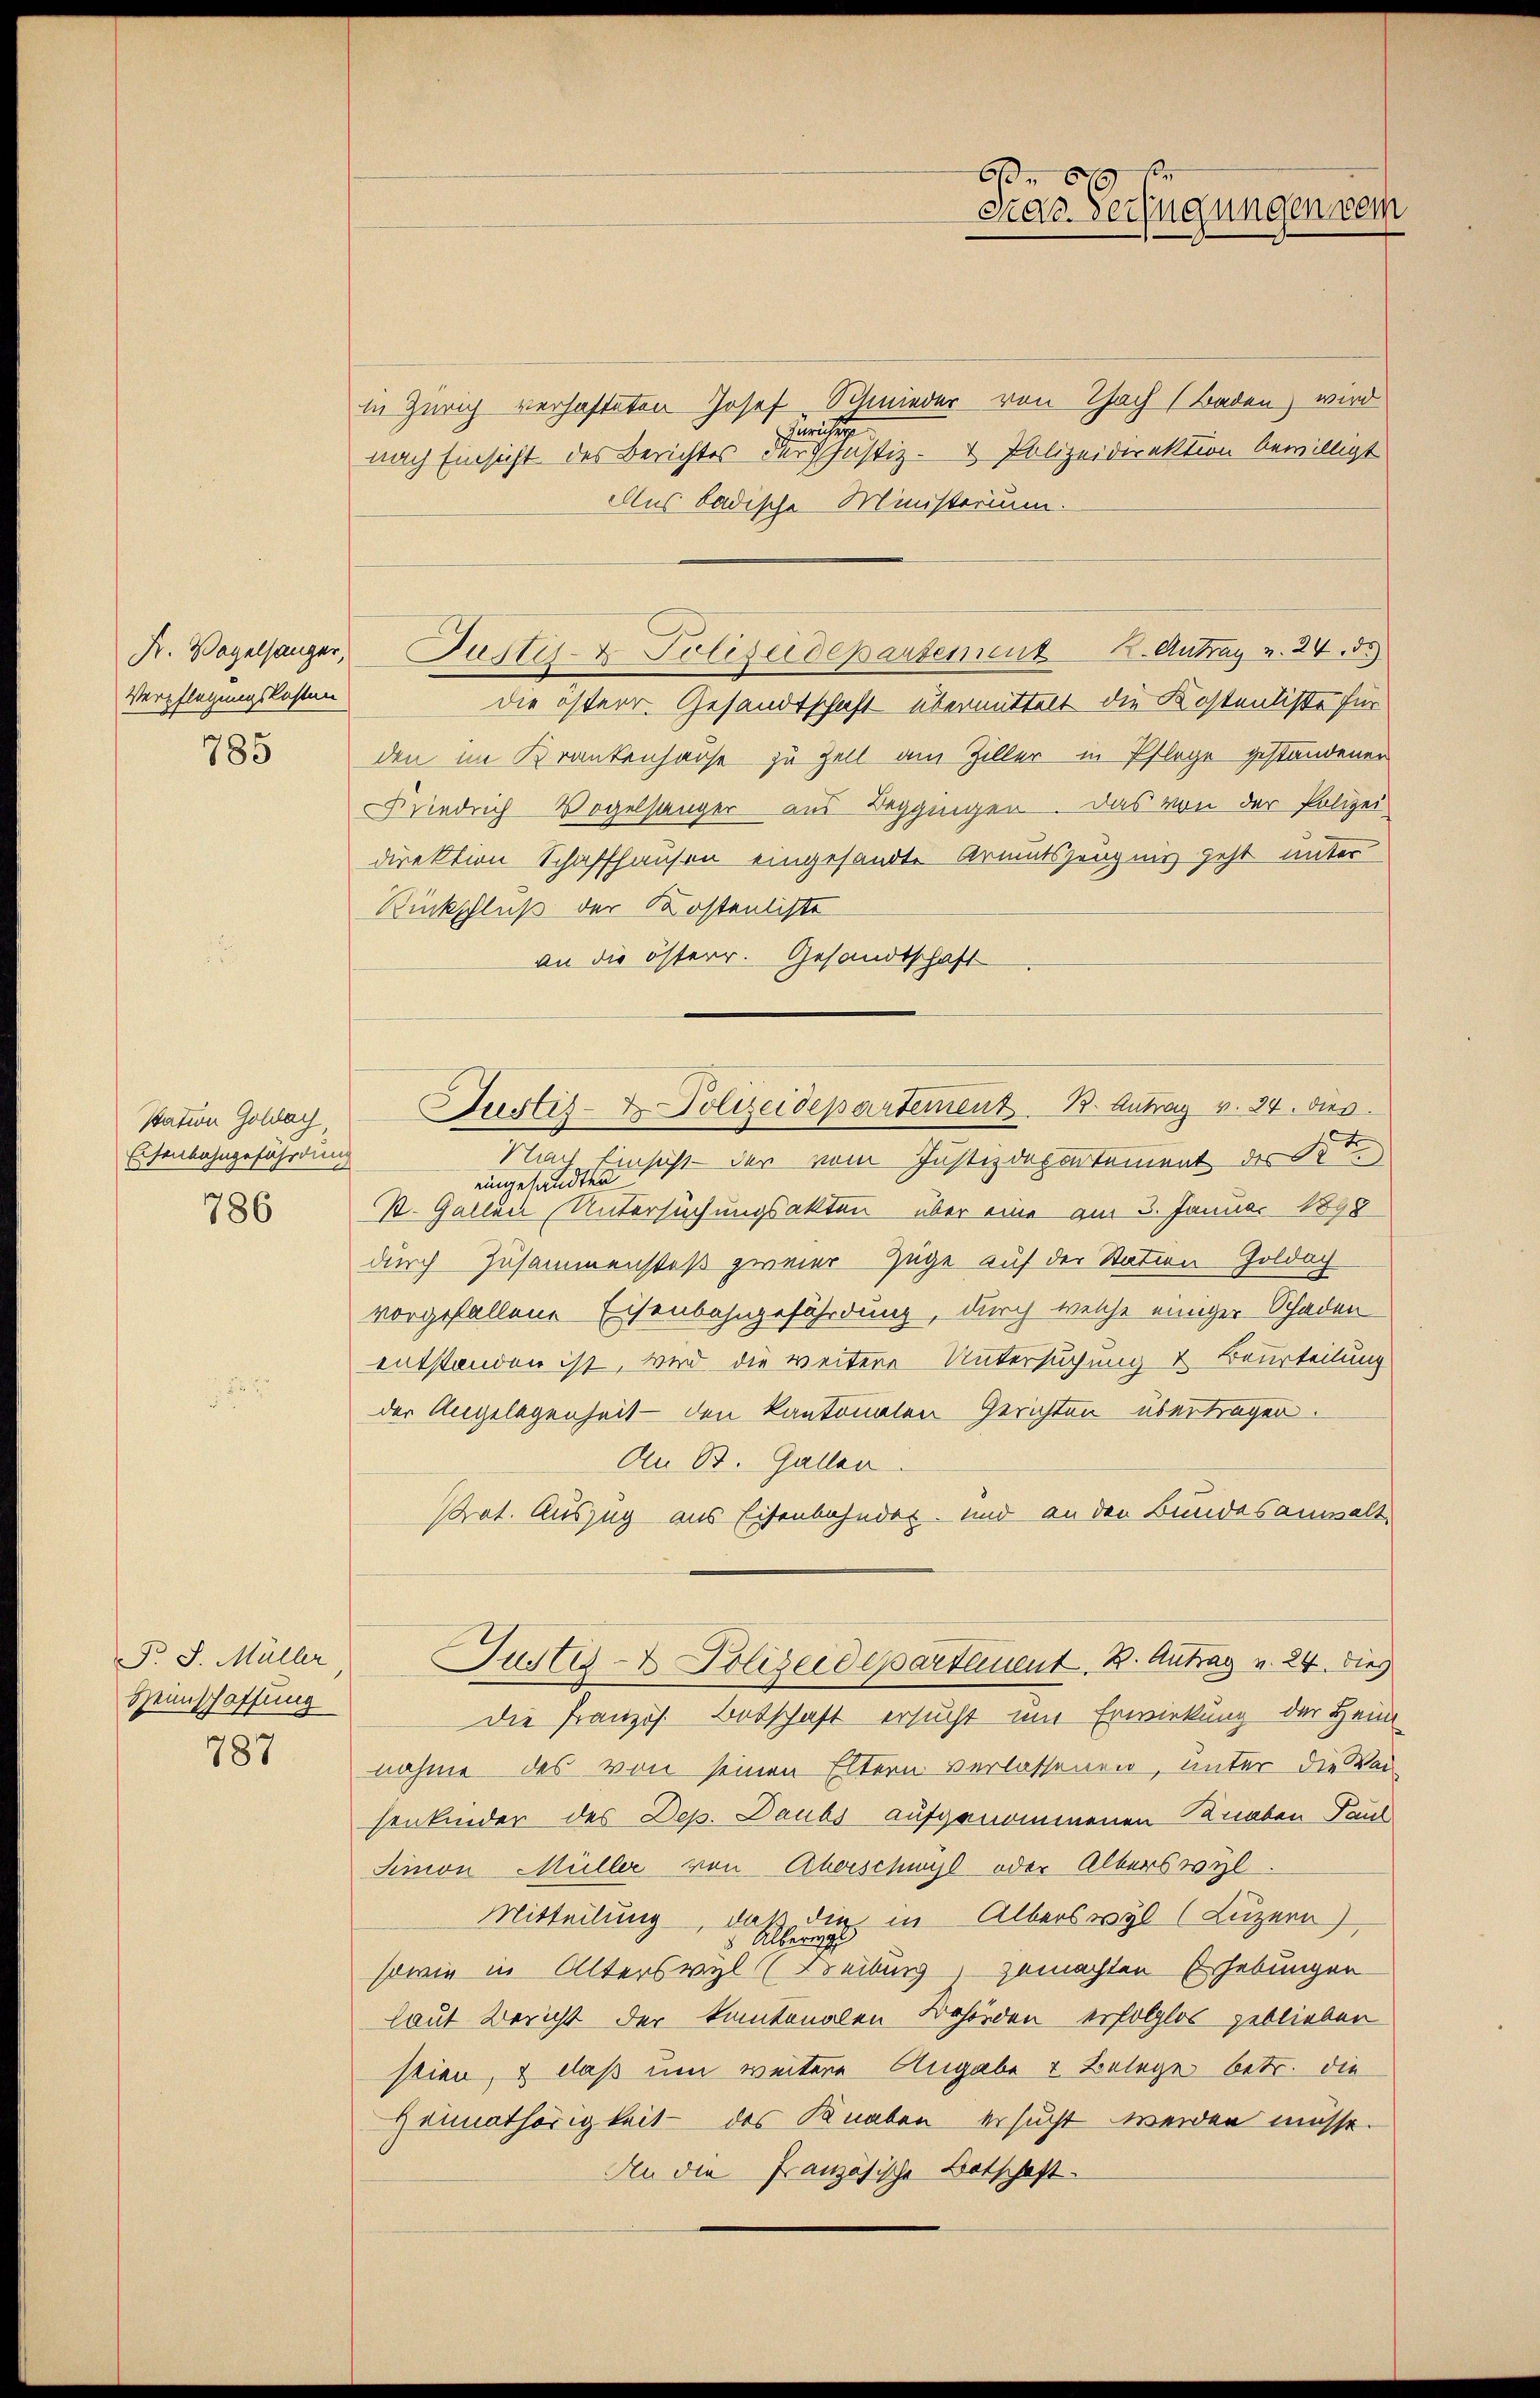
Fr. Vogelsanger,
Verpflegungskosten

785

Station Goldach
Eisenbahngefährdung

786

F. J. Müller
Heimschaffung

787

in Zürich verhafteten Josef Schmieder von Thach (Baden, wird
Juristig
nach Einsicht des Berichtes der Justiz- & Polizeidirektion bewilligt
Aus badische Ministerium.
Justiz- & Polizeidepartement 2. Antrag v. 24. d.
die österr. Gesandtschaft übermittelt die Kostentiste für
den im Krankenhause zu Zell am Ziller in Pflege gestandener
Friedrich Vogelstanger aus Beggingen. Das von der Polizei
direktion Schaffhausen eingesandte Armutszeugnis geht unter
Rückschluß der Kostenliste
an die österr. Gesandtschaft
Nach Einsicht - der vom Justizdepartement des Ste
eingesandten
St. Gallen Untersuchungsakten über eine am 3. Januar 1898
durch Zusammenstes zweier Züge auf der Station Goldach
vorgefallene Eisenbahngefährdung, durch welche einiger Schaden
entstanden ist, wird die weitere Untersuchung & Beurteilung
der Angelegenheit den kantonalen Gerichten übertragen.
An B. Gallen
Prat. Auszug aus Eisenbahnder- und an den Bundesanwalt,
Justiz- & Polizeidepartement. B. Antrag v. 24. dies
Die Französ. Botschaft ersucht und Erwirkung der Heim
nahme des von seinen Eltern verlassenen, unter die Ver-
senkinder des Dep. Daubs aufgenommenen Knaben Paul
Simon Müller von Aherschwyl oder Alterswyl
Mitteilung, daß die in Alterswyl (Luzern),
sowie in Alterswyl (Beibung, gemachten Erhebungen
laut Bericht der kantonalen Behörden erfolglos geblieber
stien, & daß um weitere Angabe & Belege betr. die
Heimathörigkeit des Knaben ersucht werden müsse.
An die Französische Botschaft

A 84
car. Verfügungen dem

Justiz- & Polizeidepartement 13. Antrag v. 24. dies